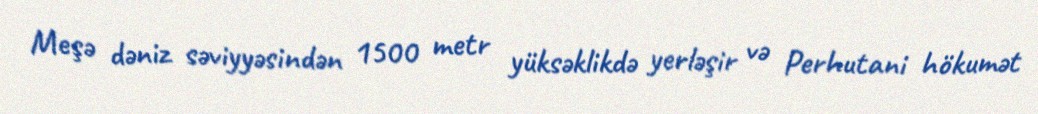
Meşə dəniz səviyyəsindən 1500 metr yüksəklikdə yerləşir və Perhutani hökumət